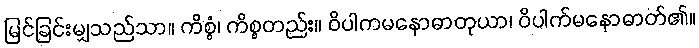
မြင်ခြင်းမျှသည်သာ။ ကိစ္စံ၊ ကိစ္စတည်း။ ဝိပါကမနောဓာတုယာ၊ ဝိပါက်မနောဓာတ်၏။